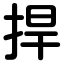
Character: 捍